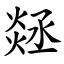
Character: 㷥